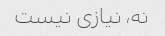
نه، نیازی نیست